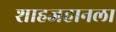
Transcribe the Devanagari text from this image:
शाहजहानला